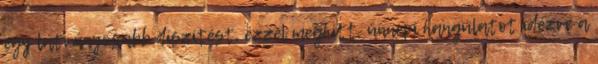
egy látványosabb díszítést, ezzel meghitt, ünnepi hangulatot idézve a